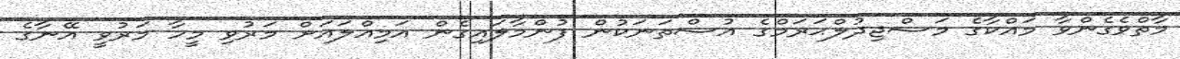
މާތްވެގެންވާ މައްކާގެ މަސްޖިދުލްޙަރަމްގެ އުސްތަނަކުން ފުންމާލައިގެން އަމިއްލައަށް މަރުވި މީހާ މަރުވީ އޭނާގެ